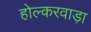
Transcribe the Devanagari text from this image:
होल्करवाड़ा